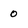
Character: 0